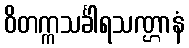
ဝိတက္ကသင်္ခါရသဏ္ဌာနံ